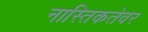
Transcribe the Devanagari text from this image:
नास्तिकतेवर